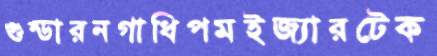
গুন্ডারনগাধিপমইজ্যারটেক